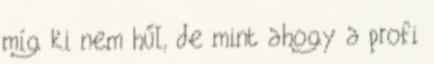
míg ki nem hűl, de mint ahogy a profi